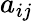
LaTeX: a_{ij}